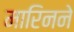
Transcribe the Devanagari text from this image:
मारिनने